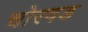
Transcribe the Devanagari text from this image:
चोरवड